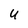
Character: U